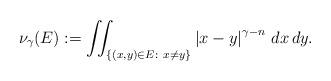
LaTeX: \begin{align*}\nu_\gamma(E):=\iint_{\{(x,y)\in E:\ x\neq y\}}\left|x-y\right|^{\gamma-n}\,dx\,dy.\end{align*}